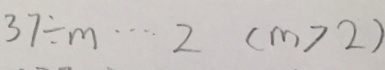
3 7 \div m \cdots 2 ( m > 2 )